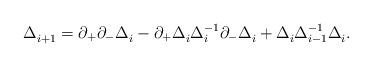
LaTeX: \begin{align*}\Delta_{i+1}^{} = \partial_+ \partial_- \Delta_i^{} - \partial_+\Delta_i^{} \Delta_i^{-1} \partial_- \Delta_i^{} + \Delta_i^{}\Delta_{i-1}^{-1} \Delta_i^{}. \end{align*}